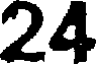
24